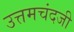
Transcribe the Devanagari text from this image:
उत्तमचंदजी